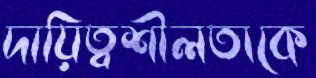
দায়িত্বশীলতাকে